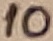
Text: 10